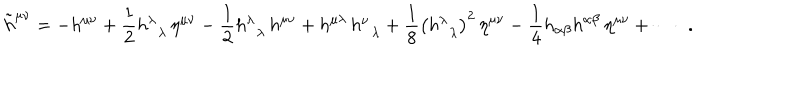
LaTeX: \tilde { h } ^ { \mu \nu } = - h ^ { \mu \nu } + \frac 1 2 h _ { \; \; \lambda } ^ { \lambda } \, \eta ^ { \mu \nu } - \frac 1 2 h _ { \; \; \lambda } ^ { \lambda } \, h ^ { \mu \nu } + h ^ { \mu \lambda } \, h _ { \; \; \lambda } ^ { \nu } + \frac 1 8 \left( h _ { \; \; \lambda } ^ { \lambda } \right) ^ { 2 } \, \eta ^ { \mu \nu } - \frac 1 4 h _ { \alpha \beta } h ^ { \alpha \beta } \, \eta ^ { \mu \nu } + \cdots \; \; .